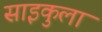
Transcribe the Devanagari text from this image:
साइकुला